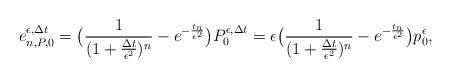
LaTeX: \begin{align*}e_{n,P,0}^{\epsilon,\Delta t}=\bigl(\frac{1}{(1+\frac{\Delta t}{\epsilon^2})^n}-e^{-\frac{t_n}{\epsilon^2}}\bigr)P_0^{\epsilon,\Delta t}=\epsilon\bigl(\frac{1}{(1+\frac{\Delta t}{\epsilon^2})^n}-e^{-\frac{t_n}{\epsilon^2}}\bigr)p_0^{\epsilon},\end{align*}